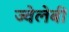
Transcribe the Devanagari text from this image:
ज्वेलेबी